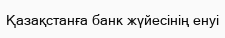
Қазақстанға банк жүйесінің енуі